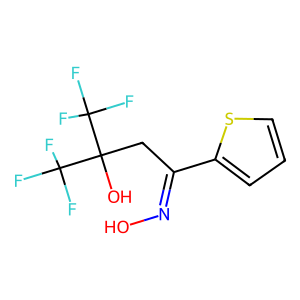
SMILES: ON=C(CC(O)(C(F)(F)F)C(F)(F)F)c1cccs1
Inhibits HIV replication: No